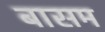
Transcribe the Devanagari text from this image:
बासम